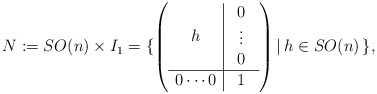
\begin{align*}N := SO(n) \times I_1 =\{\left(\begin{array}{c|c}h & \begin{array}{c} 0 \\ \vdots \\ 0 \end{array} \\\hline0 \cdots 0 & 1\end{array}\right)| \,h \in SO(n)\, \},\end{align*}